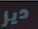
ديز